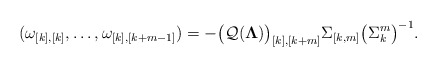
\begin{align*} (\omega_{[k],[k]},\dots,\omega_{[k],[k+m-1]})=-\big(\mathcal Q(\boldsymbol \Lambda)\big)_{[k],[k+m]}\Sigma_{[k,m]}\big(\Sigma_k^m\big)^{-1}. \end{align*}